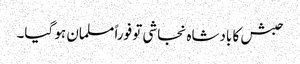
حبش کا بادشاہ نجاشی تو فوراً مسلمان ہو گیا۔